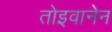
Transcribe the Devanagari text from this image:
तोइवानेन